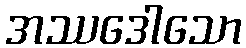
အဿဒေါသော